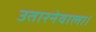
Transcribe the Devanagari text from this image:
उतारनेवाला।